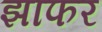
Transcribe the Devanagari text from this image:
झाफर